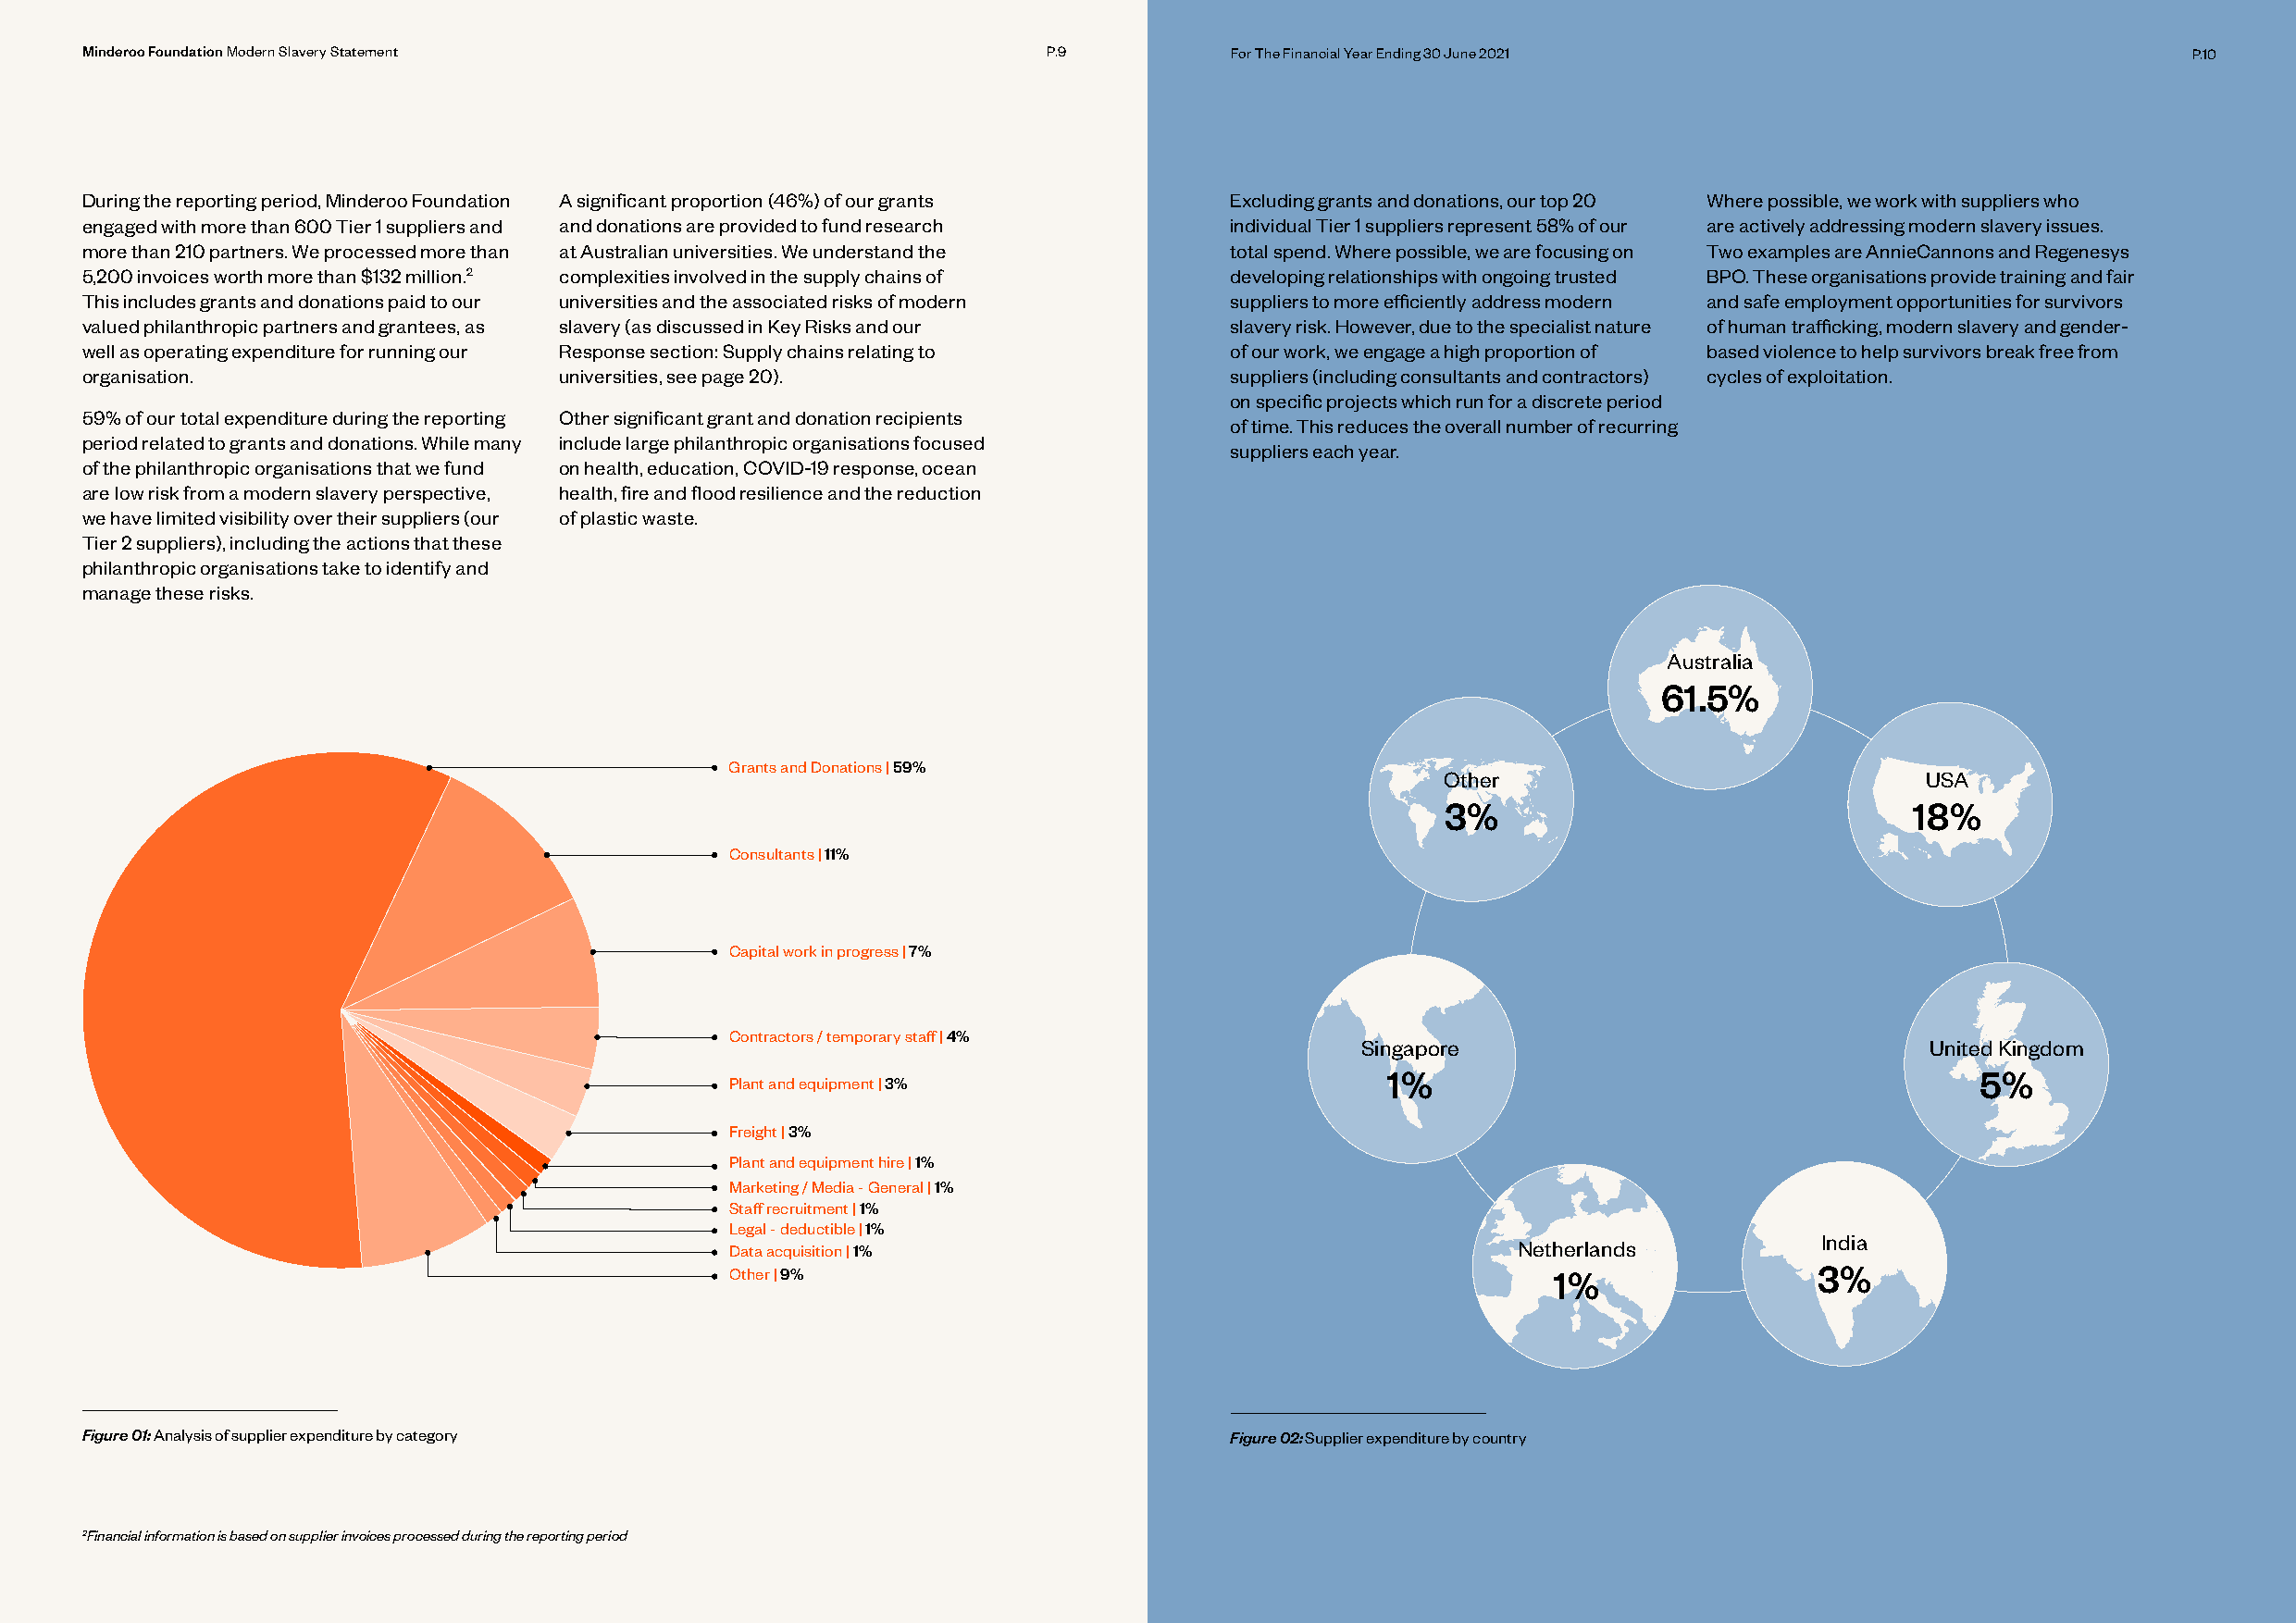
Minderoo Foundation Modern Slavery Statement                         P.9          For The Financial Year Ending 30 June 2021                           P.10
 During the reporting period, Minderoo Foundation A significant proportion (46%) of our grants Excluding grants and donations, our top 20 Where possible, we work with suppliers who
 engaged with more than 600 Tier 1 suppliers and and donations are provided to fund research individual Tier 1 suppliers represent 58% of our are actively addressing modern slavery issues.
 more than 210 partners. We processed more than at Australian universities. We understand the total spend. Where possible, we are focusing on Two examples are AnnieCannons and Regenesys
 5,200 invoices worth more than $132 million.2 complexities involved in the supply chains of developing relationships with ongoing trusted BPO. These organisations provide training and fair
 This includes grants and donations paid to our universities and the associated risks of modern suppliers to more efficiently address modern and safe employment opportunities for survivors
 valued philanthropic partners and grantees, as slavery (as discussed in Key Risks and our slavery risk. However, due to the specialist nature of human trafficking, modern slavery and gender-
 well as operating expenditure for running our Response section: Supply chains relating to of our work, we engage a high proportion of based violence to help survivors break free from
 organisation.                     universities, see page 20).                     suppliers (including consultants and contractors) cycles of exploitation.
 on specific projects which run for a discrete period
 59% of our total expenditure during the reporting Other significant grant and donation recipients
 of time. This reduces the overall number of recurring
 period related to grants and donations. While many include large philanthropic organisations focused
 suppliers each year.
 of the philanthropic organisations that we fund on health, education, COVID-19 response, ocean
 are low risk from a modern slavery perspective, health, fire and flood resilience and the reduction
 we have limited visibility over their suppliers (our of plastic waste.
 Tier 2 suppliers), including the actions that these
 philanthropic organisations take to identify and
 manage these risks.
 Australia
 61.5%
 Grants and Donations | 59%
 Other                              USA
 3%                                18%
 Consultants | 11%
 Capital work in progress | 7%
 Contractors / temporary staff | 4%
 Singapore                                United Kingdom
 1%                                         5%
 Plant and equipment | 3%
 Freight | 3%
 Plant and equipment hire | 1%
 Marketing / Media - General | 1%
 Staff recruitment | 1%
 Legal - deductible | 1%
 India
 Data acquisition | 1%                                    Netherlands
 Other | 9%                                                 1%                 3%
 Figure 01: Analysis of supplier expenditure by category                           Figure 02: Supplier expenditure by country
 2Financial information is based on supplier invoices processed during the reporting period